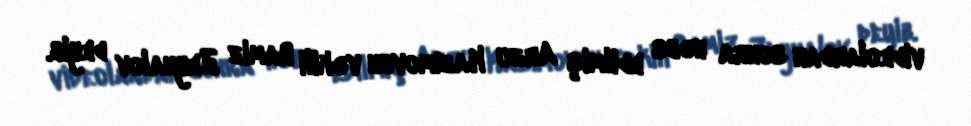
videolardan sonra həbs edilmiş Arzu Kazımovun vəkili Ramiz Zeynalov deyib.